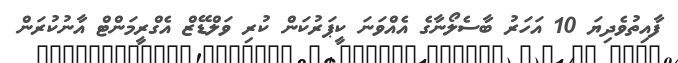
ފާއިތުވެދިޔަ 10 އަހަރު ބާސެލޯނާގެ އެއްވަނަ ކީޕަރުކަން ކުރި ވަލްޑޭޒް އެގްރީމަންޓް އާނުކުރަން